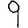
Digit: 9